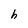
Character: h